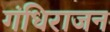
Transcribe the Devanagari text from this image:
गंधिराजन